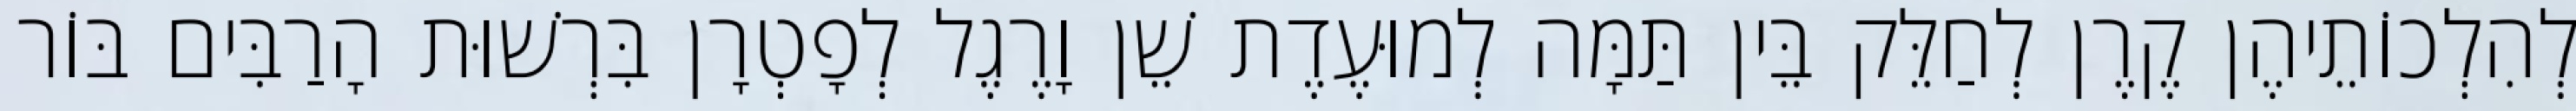
לְהִלְכוֹתֵיהֶן קֶרֶן לְחַלֵּק בֵּין תַּמָּה לְמוּעֶדֶת שֵׁן וָרֶגֶל לְפָטְרָן בִּרְשׁוּת הָרַבִּים בּוֹר